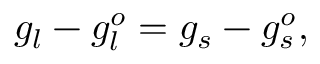
g _ { l } - g _ { l } ^ { o } = g _ { s } - g _ { s } ^ { o } ,